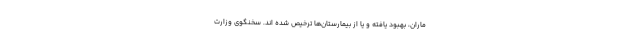
ماران، بهبود یافته و یا از بیمارستان‌ها ترخیص شده اند. سخنگوی وزارت